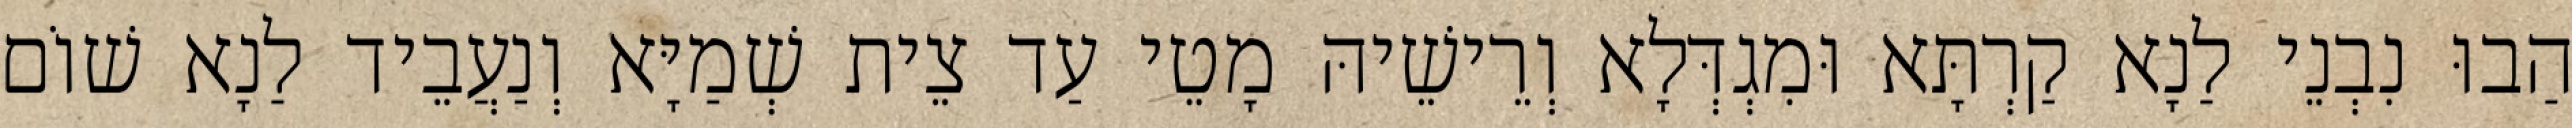
הַבוּ נִבְנֵי לַנָא קַרְתָּא וּמִגְדְּלָא וְרֵישֵׁיהּ מָטֵי עַד צֵית שְׁמַיָּא וְנַעֲבֵיד לַנָא שׁוֹם